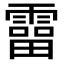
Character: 𩅑